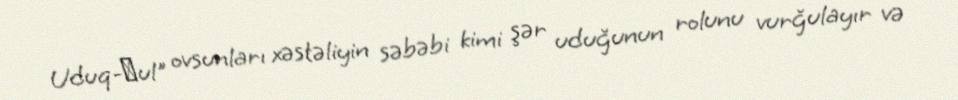
Uduq-ḫul" ovsunları xəstəliyin səbəbi kimi şər uduğunun rolunu vurğulayır və